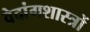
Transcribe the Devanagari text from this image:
वेदांगशास्त्रों